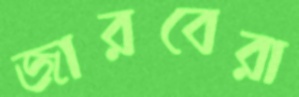
জারবেরা